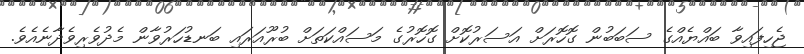
ޖެހިފައިވާ ބައްޔެއްގެ ސަބަބުން ގޮހޮރަށް އަސަރުކޮށް ގޮހޮރުގެ މަސައްކަތަށް ބުރޫއަރައި ބަނޑުހަރުވާން މެދުވެރިވެދާނެއެވެ.